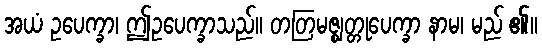
အယံ ဥပေက္ခာ၊ ဤဥပေက္ခာသည်။ တတြမဇ္ဈတ္တုပေက္ခာ နာမ၊ မည် ၏။